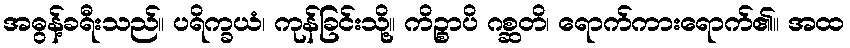
အဓွန့်ခရီးသည်။ ပရိက္ခယံ၊ ကုန်ခြင်းသို့။ ကိဉ္စာပိ ဂစ္ဆတိ၊ ရောက်ကားရောက်၏။ အထ